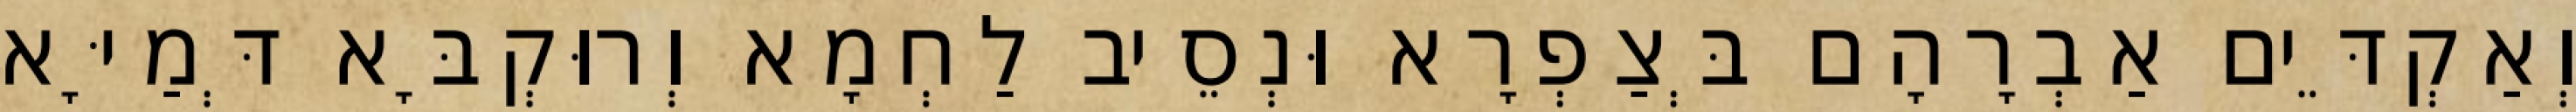
וְאַקְדֵּים אַבְרָהָם בְּצַפְרָא וּנְסֵיב לַחְמָא וְרוּקְבָּא דְּמַיָּא